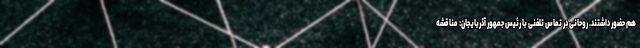
هم حضور داشتند. روحانی در تماس تلفنی با رئیس جمهور آذربایجان: مناقشه